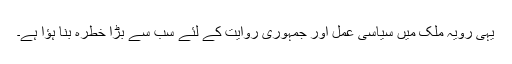
یہی رویہ ملک میں سیاسی عمل اور جمہوری روایت کے لئے سب سے بڑا خطرہ بنا ہؤا ہے۔